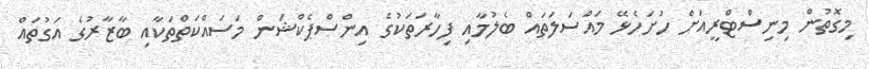
މިގޮތުން މިނިސްޓްރީއަށް ހުށަހެޅޭ މައްސަލަތައް ބެލުމާއި ފިހާރަތަކުގެ އިންސްޕެކްޝަން މަސައްކަތްތަކާއި ބާޒާރުގެ އަގުތައް